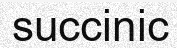
succinic